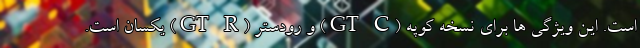
است. این ویژگی ها برای نسخه کوپه (GT C) و رودستر (GT R) یکسان است.